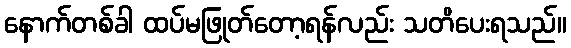
နောက်တစ်ခါ ထပ်မဖြုတ်တော့ရန်လည်း သတိပေးရသည်။